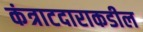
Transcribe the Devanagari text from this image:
कंत्राटदाराकडील